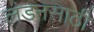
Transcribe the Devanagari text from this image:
लंडनसाठी